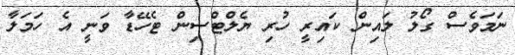
ނަމަވެސް ގޯލު ލައިން ކައިރީ ހުރި ޔެލްޓްސިން ޓެހޭޑާ ވަނީ އެ ހަމަލާ